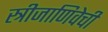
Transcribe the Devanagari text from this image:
स्त्रीजाणिवेची